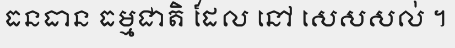
ធនធាន ធម្មជាតិ ដែល នៅ សេសសល់ ។